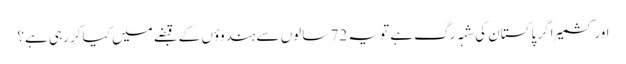
اور کشمیر اگر پاکستان کی شہہ رگ ہے تو یہ 72 سالوں سے ہندوؤں کے قبضے میں کیا کر رہی ہے؟